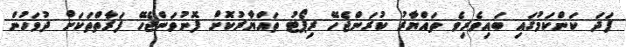
ފަދަ ކަންކަމުގައި ބައިވެރިވެ ތައްޔާރު ކުރަންޖެހޭ ރިޕޯޓު ތައްޔާރުކޮށް ފޮނުވަންޖެހޭ ފަރާތްތަކަށް ދުވަހުން